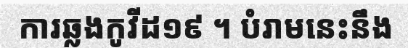
ការឆ្លងកូវីដ១៩ ។ បំរាមនេះនឹង